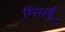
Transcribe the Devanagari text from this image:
मियर्बू